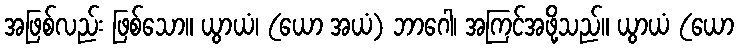
အဖြစ်လည်း ဖြစ်သော။ ယွာယံ၊ (ယော အယံ) ဘာဂေါ၊ အကြင်အဖို့သည်။ ယွာယံ (ယော